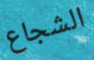
الشجاع